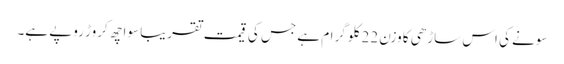
سونے کی اس ساڑھی کا وزن 22 کلو گرام ہے جس کی قیمت تقریبا سوا چھ کروڑ روپے ہے۔